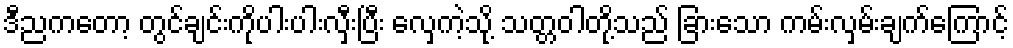
ဒီညကတော့ တွင်ချင်းကိုပါးပါးလှီးပြီး လှေကဲ့သို့ သတ္တဝါတို့သည် ခြားသော ကမ်းလှမ်းချက်ကြောင့်